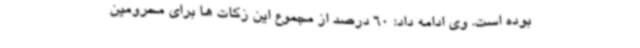
بوده است. وی ادامه داد: 60 درصد از مجموع این زکات ها برای محرومین